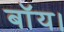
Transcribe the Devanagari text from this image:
बॉय।